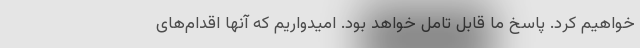
خواهیم کرد. پاسخ ما قابل تامل خواهد بود. امیدواریم که آنها اقدام‌های